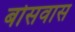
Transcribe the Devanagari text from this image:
बोसवास